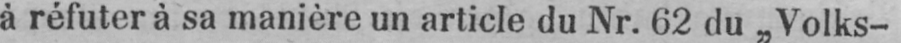
à réfuter à sa manière un article du Nr. 62 du „Volks-